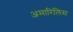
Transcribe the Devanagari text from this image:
अमारिलिस